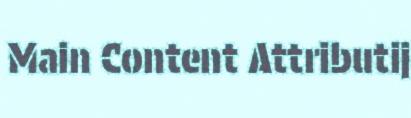
Main Content Attributij